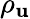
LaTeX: \rho_{\mathbf{u}}